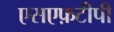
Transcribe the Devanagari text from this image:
एसएफ़टीपी